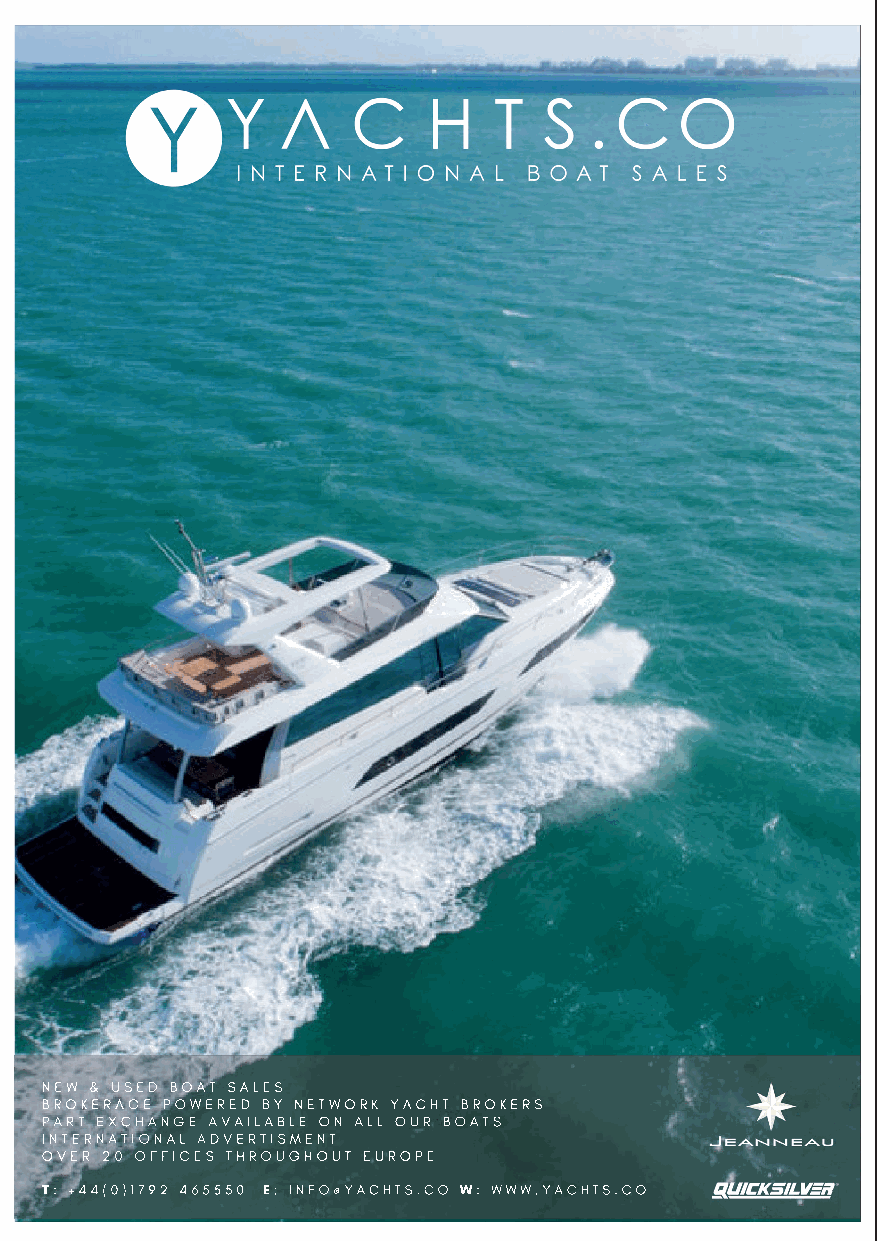
NEW & USED BOAT SALES
 BROKERAGE POWERED BY NETWORK YACHT BROKERS
 PART EXCHANGE AVAILABLE ON ALL OUR BOATS
 INTERNATIONAL ADVERTISMENT
 OVER 20 OFFICES THROUGHOUT EUROPE
 T: +44(0)1792 465550 E: INFO@YACHTS.CO W: WWW.YACHTS.CO